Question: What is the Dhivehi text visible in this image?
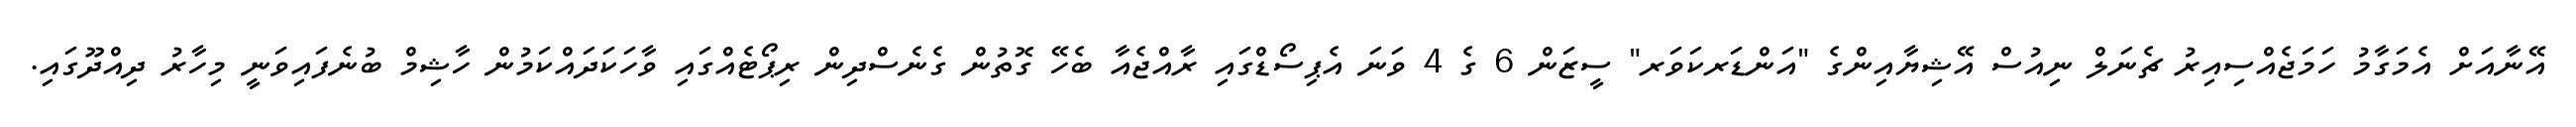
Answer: އޭނާއަށް އެމަގާމު ހަމަޖެއްސިއިރު ޗެނަލް ނިއުސް އޭޝިޔާއިންގެ "އަންޑަރކަވަރ" ސީޒަން 6 ގެ 4 ވަނަ އެޕިސޯޑްގައި ރާއްޖެއާ ބެހޭ ގޮތުން ގެނެސްދިން ރިޕޯޓެއްގައި ވާހަކަދައްކަމުން ހާޝިމް ބުނެފައިވަނީ މިހާރު ދިއްދޫގައި.